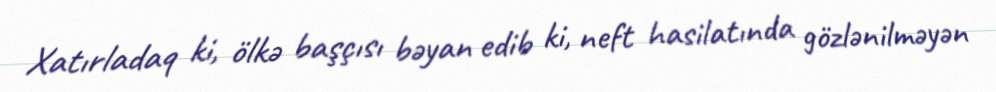
Xatırladaq ki, ölkə başçısı bəyan edib ki, neft hasilatında gözlənilməyən